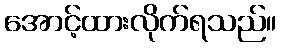
အောင့်ထားလိုက်ရသည်။